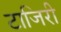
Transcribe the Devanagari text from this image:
टाजिरी